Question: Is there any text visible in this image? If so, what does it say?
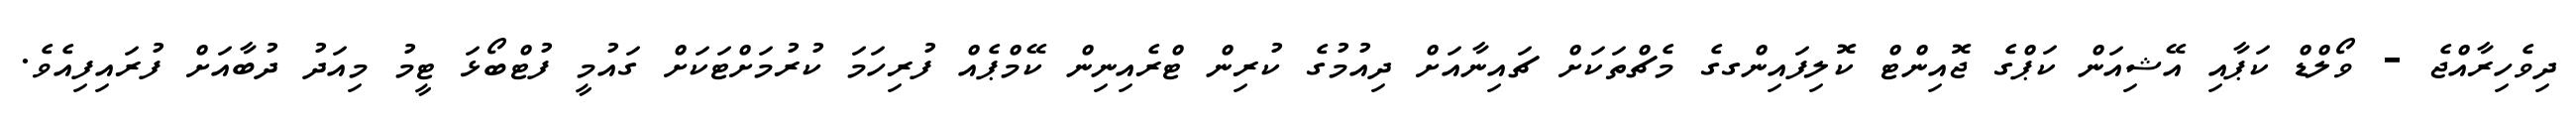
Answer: ދިވެހިރާއްޖެ - ވޯލްޑް ކަޕާއި އޭޝިއަން ކަޕްގެ ޖޮއިންޓް ކޮލިފައިންގގެ މެޗްތަކަށް ޗައިނާއަށް ދިއުމުގެ ކުރިން ޓްރެއިނިން ކޭމްޕެއް ފުރިހަމަ ކުރުމަށްޓަކަށް ގައުމީ ފުޓްބޯޅަ ޓީމު މިއަދު ދުބާއަށް ފުރައިފިއެވެ.